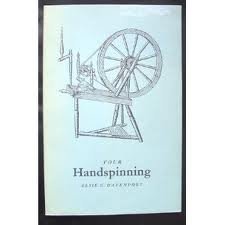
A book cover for Your handspinning; Elsie G Davenport; Crafts, Hobbies & Home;